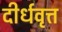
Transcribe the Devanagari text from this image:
दीर्धवृत्त